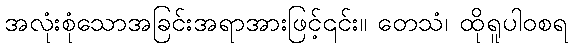
အလုံးစုံသောအခြင်းအရာအားဖြင့်၎င်း။ တေသံ၊ ထိုရူပါဝစရ